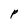
Character: P